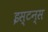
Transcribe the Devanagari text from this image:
इस्टन्स